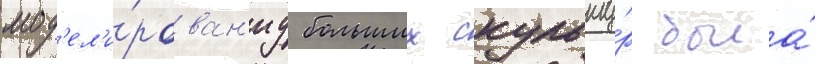
мод'ел'и́рован'иу больших скульпту́р была́